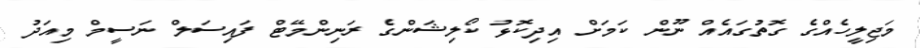
މަޖިލީހެއްގެ ގޮތުގައެއް ނޫން ކަމަށް އިދިކޮޅު ކޯލިޝަންގެ ރަނިންމޭޓް ފައިސަލް ނަސީމް މިއަދު